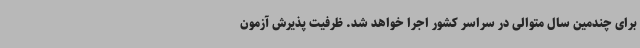
برای چندمین سال متوالی در سراسر کشور اجرا خواهد شد. ظرفیت پذیرش آزمون